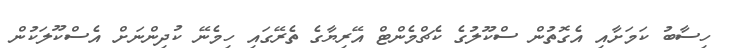
ހިސާބު ކަމަށާއި އެގޮތުން ސްކޫލުގެ ކެޗްމެންޓް އޭރިޔާގެ ތެރޭގައި ހިމެނޭ ކުދިންނަށް އެސްކޫލަކުން